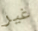
غير